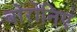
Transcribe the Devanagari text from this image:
बोरोनिए